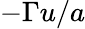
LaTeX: -\Gamma u/a